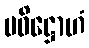
ပဝိဋ္ဌောဟံ